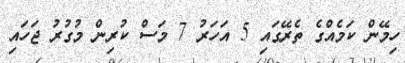
ހިމޭން ކަމެއްގެ ތެރޭގައި 5 އަހަރު 7 މަސް ކުރިން މުގުރު ޖަހައި